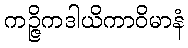
ကဉ္ဇိကဒါယိကာဝိမာနံ